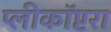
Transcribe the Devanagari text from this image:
प्लीकॉप्टरा